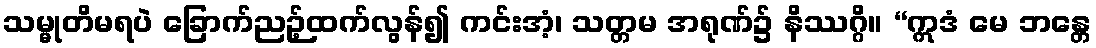
သမ္မုတိမရပဲ ခြောက်ညဉ့်ထက်လွန်၍ ကင်းအံ့၊ သတ္တမ အရုဏ်၌ နိဿဂ္ဂိ။ “ဣဒံ မေ ဘန္တေ